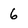
Character: 6